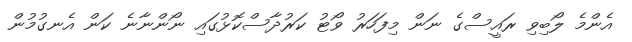
އެންމެ ލޯބިވި ރައީސްގެ ނަން މިފަހަރު ވޯޓު ކަރުދާސްކޮޅުގައި ނޯންނާނެ ކަން އެނގުމުން